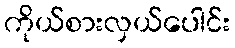
ကိုယ်စားလှယ်ပေါင်း